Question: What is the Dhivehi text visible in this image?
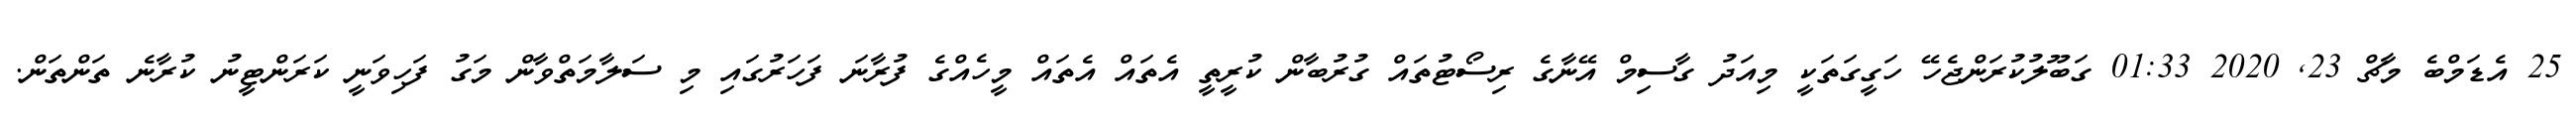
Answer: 25 އެޑަމްބެ މާޗް 23, 2020 01:33 ގަބޫލުކުރަންޖެހޭ ހަގީގަތަކީ މިއަދު ގާސިމް އޭނާގެ ރިސޯޓުތައް ގުރުބާން ކުރީތީ އެތައް އެތައް މީހެއްގެ ފުރާނަ ފަހަރުގައި މި ސަލާމަތްވާން މަގު ފަހިވަނީ ކަރަންޓީނު ކުރާނެ ތަންތަން.